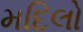
મદિલો